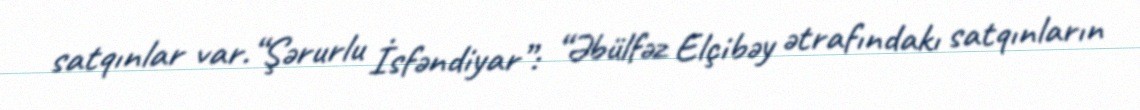
satqınlar var.“Şərurlu İsfəndiyar”: “Əbülfəz Elçibəy ətrafındakı satqınların